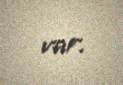
var.